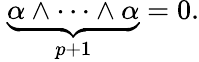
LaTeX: \ {\underset{p+1}{\underbrace{\alpha\wedge\cdots\wedge\alpha}}}=0.